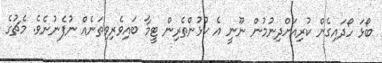
ބޯޅަ ހޯދައިގެން ކުރިއަށްދިނުމުން ނޫނީ އެ ކުޅުންތެރިން ޓީމާ ބައިވެރިވިތަނެއް ނުފެނުނެވެ. މެޗުގެ